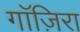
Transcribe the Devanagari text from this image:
गाॅज़िरा